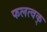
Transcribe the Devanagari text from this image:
फलत्वक्‌